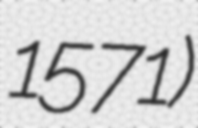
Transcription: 1571)